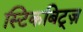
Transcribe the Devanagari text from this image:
स्टिकबिट्ज़